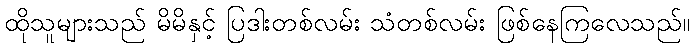
ထိုသူများသည် မိမိနှင့် ပြဒါးတစ်လမ်း သံတစ်လမ်း ဖြစ်နေကြလေသည်။